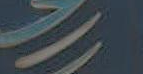
=